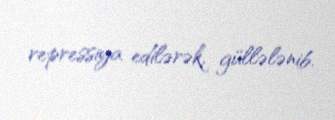
repressiya edilərək, güllələnib.